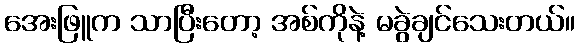
အေးဖြူက သာပြီးတော့ အစ်ကိုနဲ့ မခွဲချင်သေးတယ်။